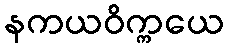
နကယဝိက္ကယေ